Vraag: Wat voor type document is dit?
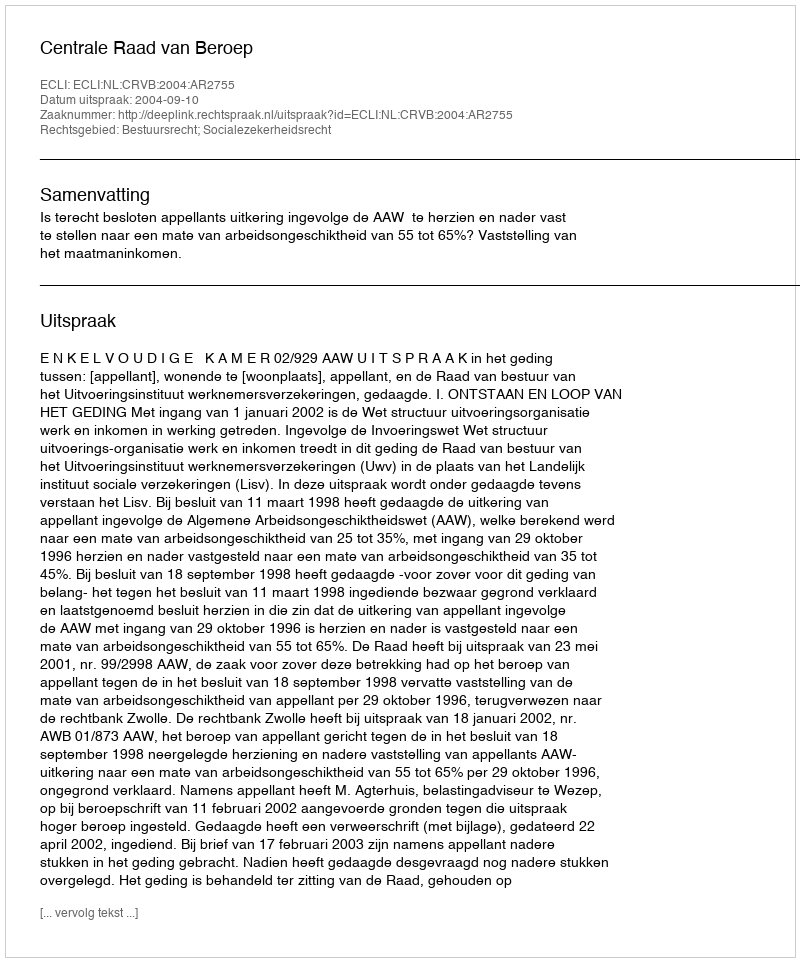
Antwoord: Uitspraak